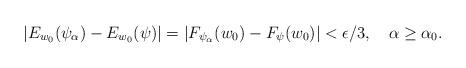
LaTeX: \begin{align*}|E_{w_0}(\psi_\alpha) - E_{w_0}(\psi)|= |F_{\psi_{\alpha}}(w_0) - F_{\psi}(w_0)| < \epsilon/3, \ \ \ \alpha\geq \alpha_0.\end{align*}